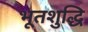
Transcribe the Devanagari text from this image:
भूतशुद्धि